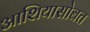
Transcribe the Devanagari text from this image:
आशियासोबत